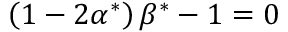
\left( 1 - 2 \alpha ^ { * } \right) \beta ^ { * } - 1 = 0